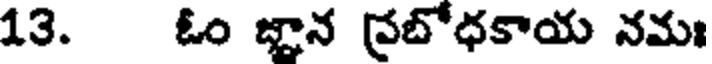
13. ఓం జ్ఞాన ప్రబోధకాయ నమః